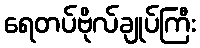
ရေတပ်ဗိုလ်ချုပ်ကြီး